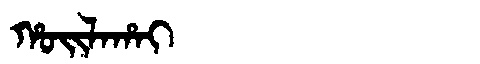
Manchu: ᡥᠣᡳᠯᠠᡥᠠᡳ
Romanization: HOILAHAI